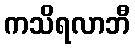
ကသိရလာဘီ